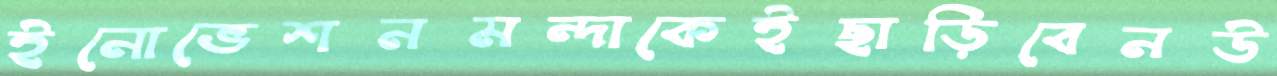
ইনোভেশনমন্দাকেইছাড়িবেনউ